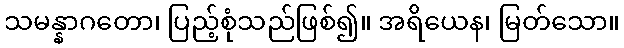
သမန္နာဂတော၊ ပြည့်စုံသည်ဖြစ်၍။ အရိယေန၊ မြတ်သော။